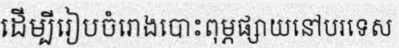
ដើម្បីរៀបចំរោងបោះពុម្ភផ្សាយនៅបរទេស